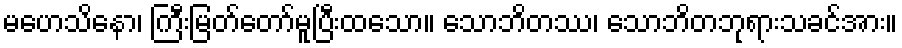
မဟေသိနော၊ ကြီးမြတ်တော်မူပြီးထသော။ သောဘိတဿ၊ သောဘိတဘုရားသခင်အား။